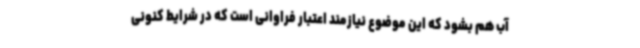
آب هم بشود که این موضوع نیازمند اعتبار فراوانی است که در شرایط کنونی